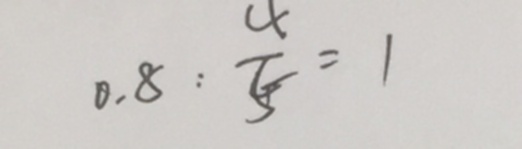
0 . 8 : \frac { 4 } { 5 } = 1